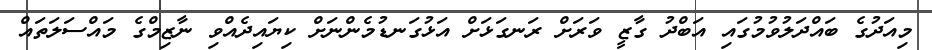
މިއަދުގެ ބައްދަލުވުމުގައި އަބްދު ގާޒީ ވަރަށް ރަނގަޅަށް އަޅުގަނޑުމެންނަށް ކިޔައިދެއްވި ނާޒިމްގެ މައްސަލަތައް